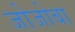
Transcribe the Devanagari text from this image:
जोजोबा